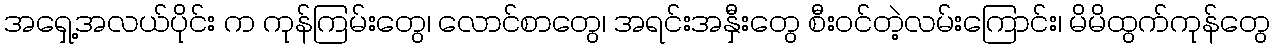
အရှေ့အလယ်ပိုင်း က ကုန်ကြမ်းတွေ၊ လောင်စာတွေ၊ အရင်းအနှီးတွေ စီးဝင်တဲ့လမ်းကြောင်း၊ မိမိထွက်ကုန်တွေ